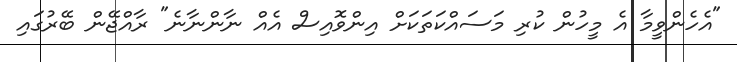
"އެހެންވީމާ އެ މީހުން ކުރި މަސައްކަތަކަށް އިންވޮއިސް އެއް ނާންނާނެ" ރާއްޖޭން ބޭރުގައި